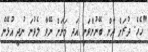
"ހެހެ. ދުރަށް ދާން ބޭނުންވަނީ އަދި މަށަށް ނޭވާ ލެވުނަ ނުދީ އުޅޭނެ